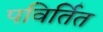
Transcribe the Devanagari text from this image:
पविर्तित